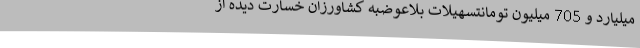
میلیارد و 705 میلیون تومانتسهیلات بلاعوضبه کشاورزان خسارت دیده از